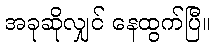
အခုဆိုလျှင် နေထွက်ပြီ။